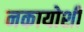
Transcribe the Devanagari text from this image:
नकायोशी